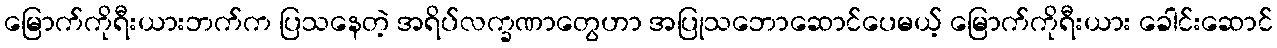
မြောက်ကိုရီးယားဘက်က ပြသနေတဲ့ အရိပ်လက္ခဏာတွေဟာ အပြုသဘောဆောင်ပေမယ့် မြောက်ကိုရီးယား ခေါင်းဆောင်